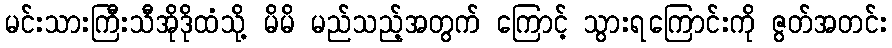
မင်းသားကြီးသီအိုဒိုထံသို့ မိမိ မည်သည့်အတွက် ကြောင့် သွားရကြောင်းကို ဇွတ်အတင်း